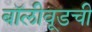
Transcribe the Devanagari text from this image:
बॉलीवूडची